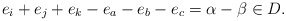
\begin{align*}e_i+e_j+e_k-e_a-e_b-e_c=\alpha-\beta\in D.\end{align*}